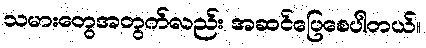
သမားတွေအတွက်လည်း အဆင်ပြေစေပါတယ်။